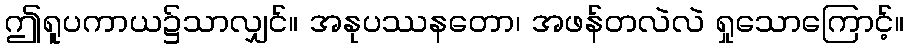
ဤရူပကာယ၌သာလျှင်။ အနုပဿနတော၊ အဖန်တလဲလဲ ရှုသောကြောင့်။